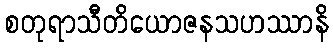
စတုရာသီတိယောဇနသဟဿာနိ